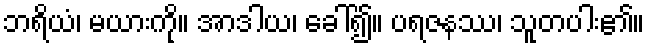
ဘရိယံ၊ မယားကို။ အာဒါယ၊ ခေါ်၍။ ပရဇနဿ၊ သူတပါး၏။